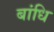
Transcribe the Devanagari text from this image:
बांधि